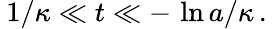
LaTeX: \: 1/\kappa\ll t\ll-\, \ln a/\kappa\, .\: